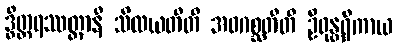
ဒွိတ္တရဿတ္တာနိ သီလယတီတိ အဝဂစ္ဆတီတိ ဦရုန္တရိကာယ